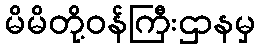
မိမိတို့ဝန်ကြီးဌာနမှ